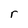
Character: r